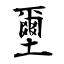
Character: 壐